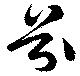
芬